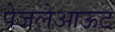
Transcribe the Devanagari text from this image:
पेजलेआऊट